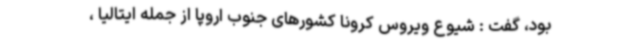
بود، گفت : شیوع ویروس کرونا کشورهای جنوب اروپا از جمله ایتالیا ،